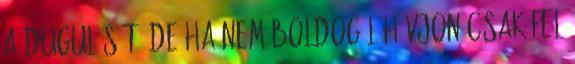
a dugulását, de ha nem boldogúl hívjon csak fel